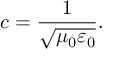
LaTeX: c = { \frac { 1 } { \sqrt { \mu _ { 0 } \varepsilon _ { 0 } } } } .